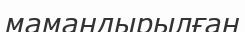
мамандырылған